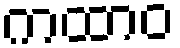
ကထာဝ